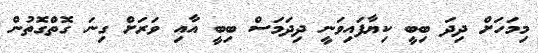
މިމަހަށް ދިދަ ބިބީ ކިޔާފައިވަނީ ދިދަމަސް ބިބީ އާއި ވަރަށް ގިނަ ގޮތްގޮތުން